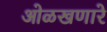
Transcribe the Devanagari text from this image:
ओळखणारे